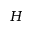
H